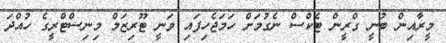
މީރާއިން ބުނީ ގްރީން ޓެކްސް ނެގުމަށް ހަމަޖެހިފައި ވަނީ ޓޫރިޒަމް މިނިސްޓްރީގެ ހުއްދަ